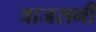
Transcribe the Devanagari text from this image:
वाजसनी